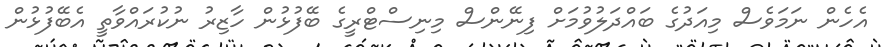
އެހެން ނަމަވެސް މިއަދުގެ ބައްދަލުވުމަށް ފިނޭންސް މިނިސްޓްރީގެ ބޭފުޅުން ހާޒިރު ނުކުރައްވާތީ އެބޭފުޅުން